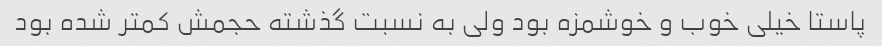
پاستا خیلی خوب و خوشمزه بود ولی به نسبت گذشته حجمش کمتر شده بود